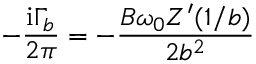
- { \frac { \mathrm { i } \Gamma _ { b } } { 2 \pi } } = - { \frac { B \omega _ { 0 } Z ^ { \prime } ( 1 / b ) } { 2 b ^ { 2 } } }